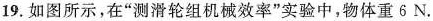
19.如图所示，在“测滑轮组机械效率”实验中，物体重6N。